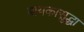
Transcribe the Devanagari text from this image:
बायकासुद्धा